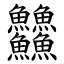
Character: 䲜